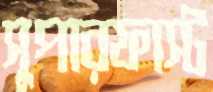
সুপারফাস্ট